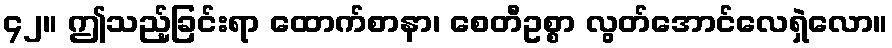
၄၂။ ဤသည့်ခြင်းရာ ထောက်စာနာ၊ စေတီဥစ္စာ လွတ်အောင်လေရှဲလော။